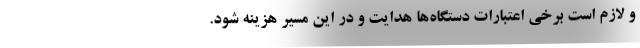
و لازم است برخی اعتبارات دستگاه‌ها هدایت و در این مسیر هزینه شود.